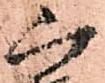
紹